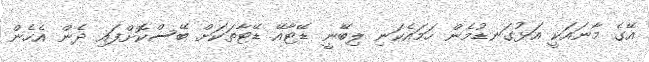
އޭގެ މާނައަކީ އަޅުގަނޑުމެން ހަމައެކަނި ލިބޭނީ ޑޭޓާއޭ ޑޭޓާތަކަށް ބޭސްކޮށްފައި ދެން އެހެން